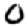
Digit: 0